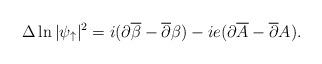
LaTeX: \begin{align*}\Delta\ln|\psi_{\uparrow}|^2=i(\partial\overline{\beta}-\overline{\partial}\beta)-ie(\partial\overline{A}-\overline{\partial}A).\end{align*}